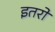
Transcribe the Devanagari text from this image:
इतरो